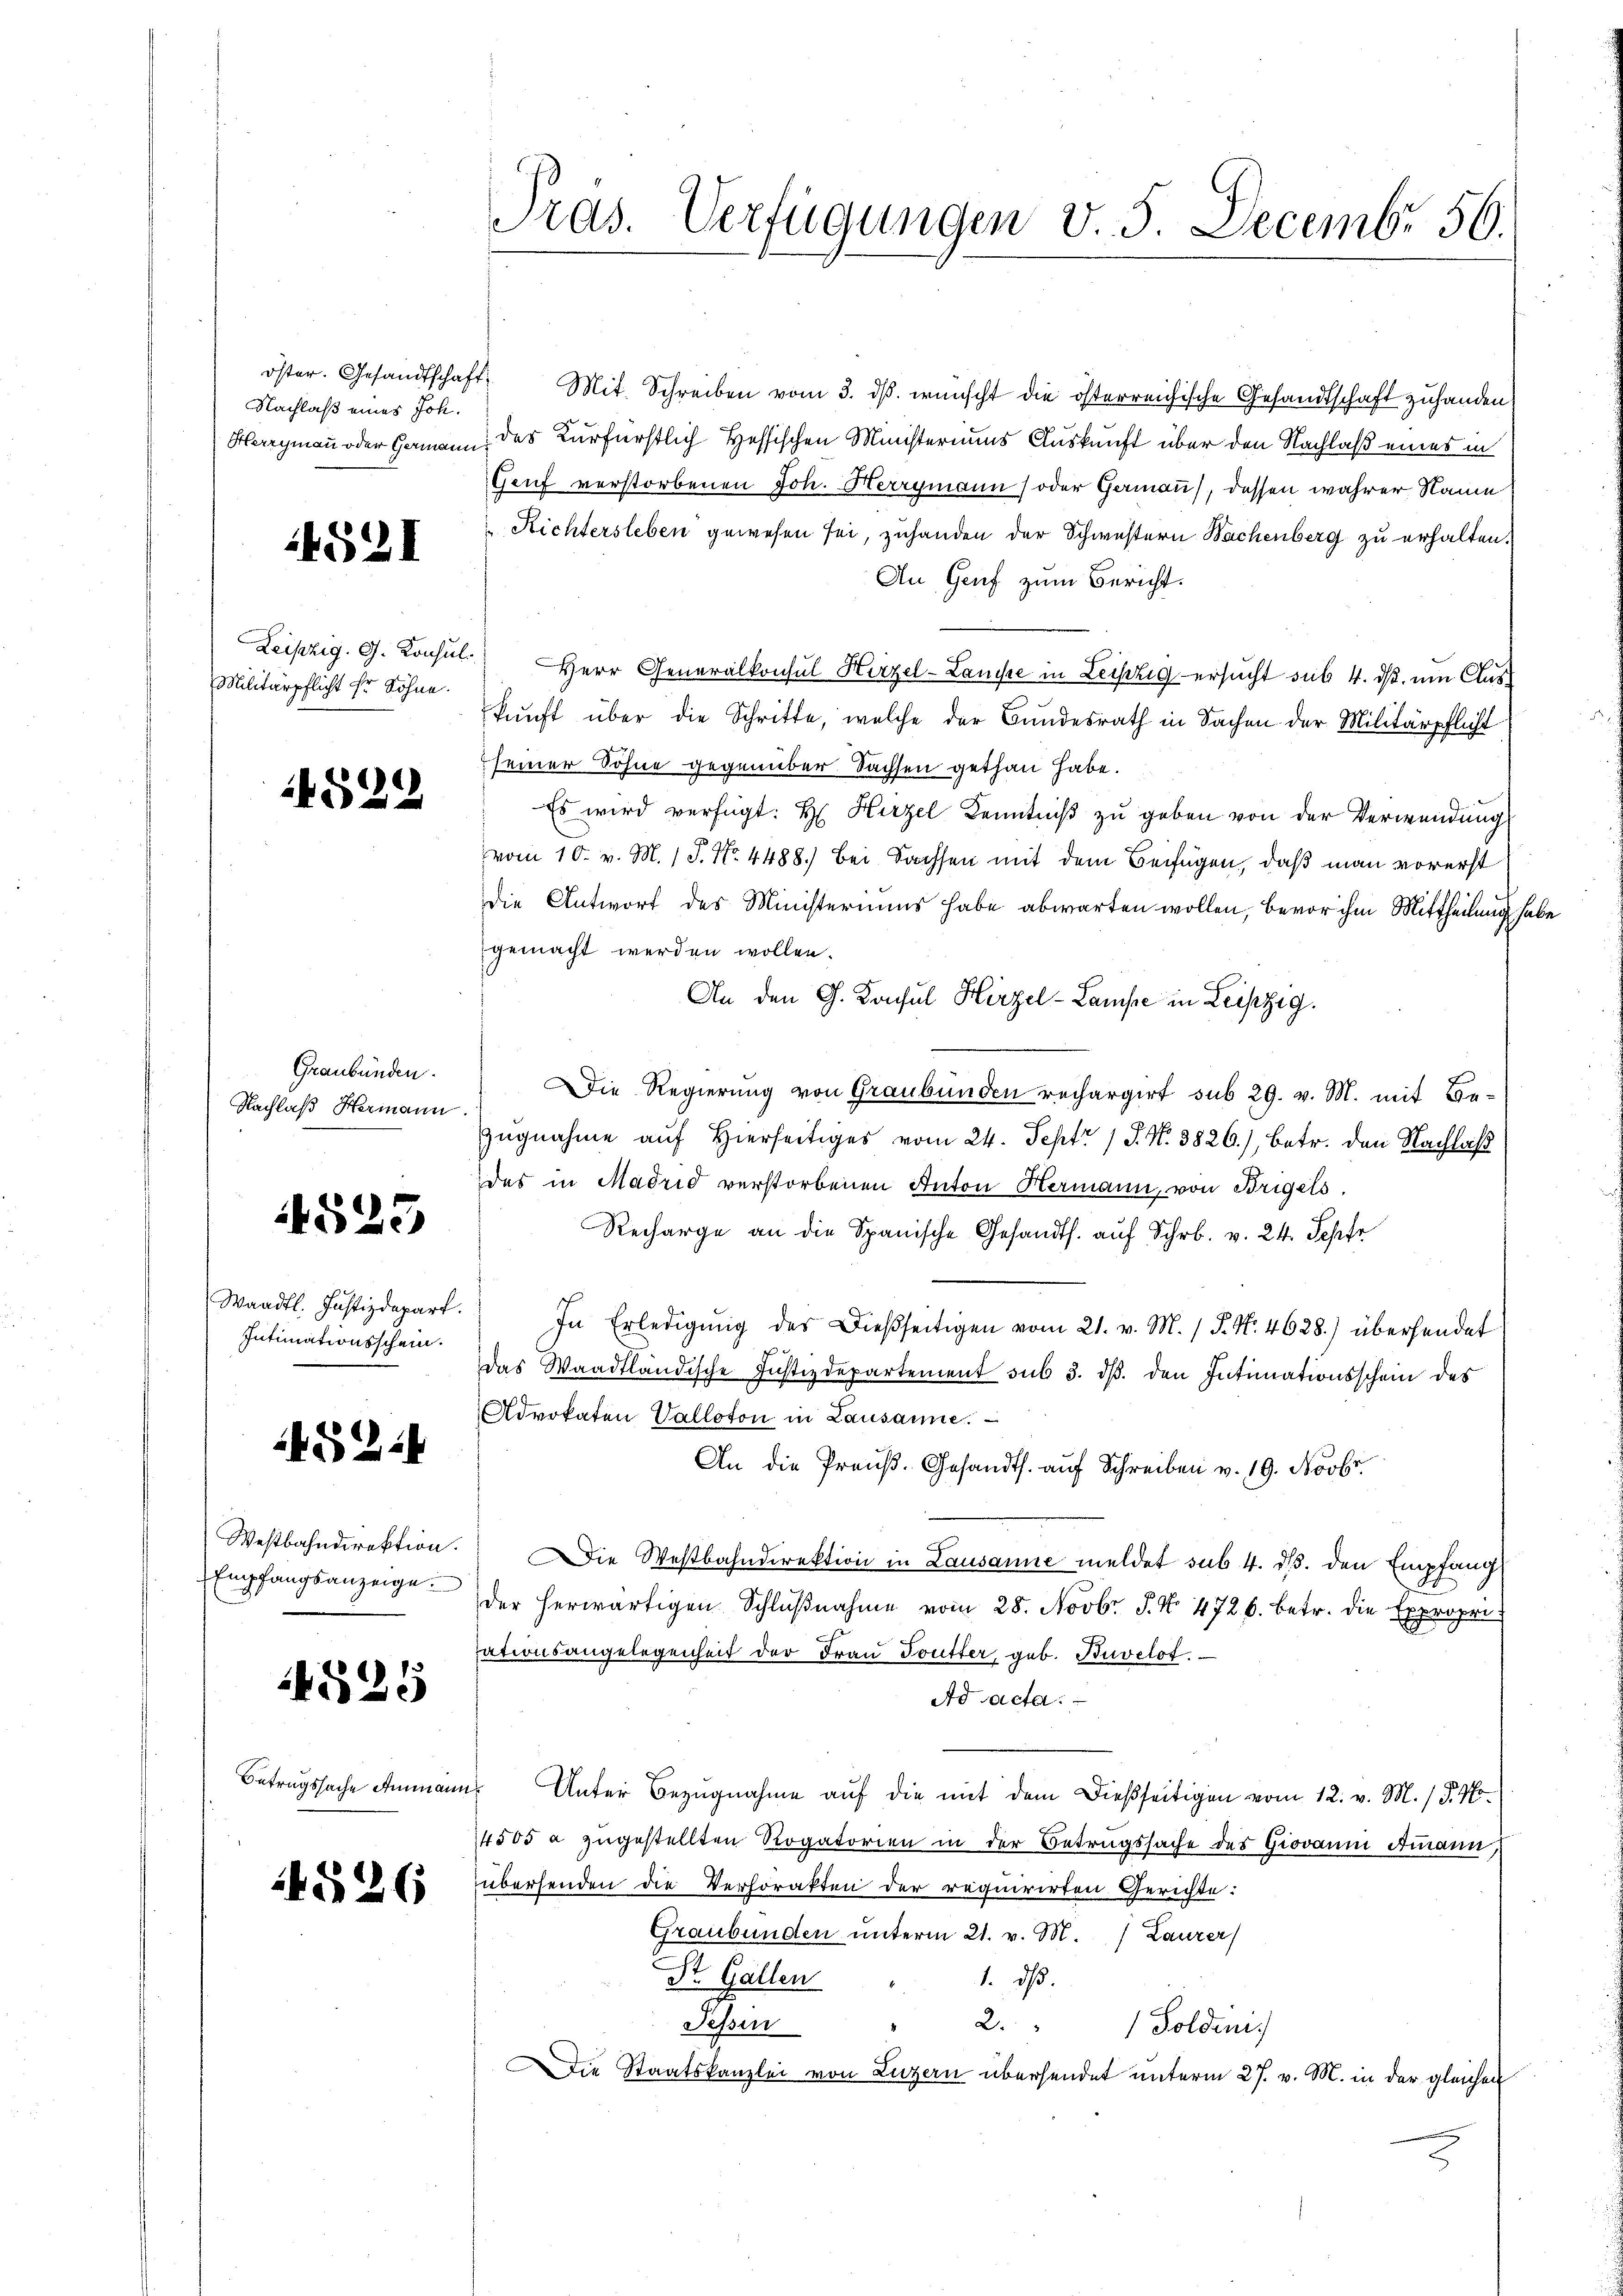
Nachlaß eines Joh.

4521

Militärpflicht Er Söhne.

829

Graubünden.
Nachlaß Hermann

523

Waadt. Justizdepart.
Intimationsschein.

4G224

Westbahndirektion.
Empfangsanzeige.

25

Betrugssache Ammann

1526

.

Pras. Verfügungen v. 5. Decembr 56.

öster. Gesandtschaft. Mit Schreiben vom 3. dβ. wünscht die österreichische Gesandtschaft zuhanden,
Hergmann oder Hermann des Kurfürstlich Hessischen Ministeriums Auskunft über den Nachlaß eines in
Gruf verstorbenen Joh. Herrgmann (oder Gamau), dessen wahrer Name
Richtersleben gewesen sei, zuhanden der Schwestern Wachenberg zu erhalten.
An Genf zum Bericht.
Leipzig. G. Konsul Herr Generalkonsul Hirzel-Lanste in Leipzig ersucht sub 4. ds. um Auskŭnft über die Schritte, welche der Bundesrath in Sachen der Militärpflicht
seiner Sohne gegenüber. Sachsen gethan habe.
Es wird verfügt: Hr. Hirzel Kenntniß zu geben von der Verwendung
vom 10. v. M. 1 S. Nr. 4488) bei Sachsen mit dem Beifügen, daß man vorerst
die Antwort des Ministeriums habe abwarten wollen, bevor ihm Mittheilung habe
gemacht werden wollen.
An den G. Konsul Hirzel-Lampe in Leipzig.
Die Regierung von Graubünden rechargirt sub 29. v. M. mit Be¬
Zugnahme auf Hierseitiges vom 24. Sept. 1 S. N. 3826), betr. den Nachlaß
das in Madrid verstorbenen Anton Hermann, von Brigels
Recharge an die Spanische Gesandts. auf Schr. v. 24. Sepfe
In Erledigŭng des Dießseitigen vom 21. v. M. P. Nr. 4628.) übersendet
Das Waadtländische Justizdepartement sub 3. dß. den Intimationsschein des
Advokaten Valloton in Lausanne.
An die Preuß. Gesandts. auf Schreiben v. 19. Novbr
Die Westbahndirektion in Lausanne meldet sub. 4. ds. den Empfang
der herwärtigen Schlŭβnahme vom 28. Novbr. J. N. 4726. betr. die Expropriationsangelegenheit der Frau Soutter, geb. Buvelot.
Ad Acta.
es Unter Bezugnahme auf die mit dem dießseitigen vom 12. v. M. / 5. No¬
14505 a zugestellten Rogatorien in der Betrugssache des Giovann Ammann,
übersenden die Verhörakten der requirirten Gerichte:
Graubünden unterm 21. v. M. Laurer
St. Gallen
1. ds.
Fessen
2." Soldeni
Die Staatskanzlei von Luzern übersendet unterm 27. v. M. in der gleichen